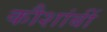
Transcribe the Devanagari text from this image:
कौशांबीं